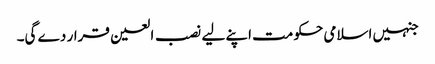
جنہیں اسلامی حکومت اپنے لیے نصب العین قرار دے گی۔